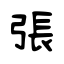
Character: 張